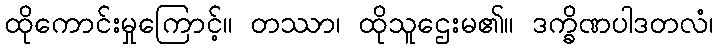
ထိုကောင်းမှုကြောင့်။ တဿာ၊ ထိုသူဌေးမ၏။ ဒက္ခိဏပါဒတလံ၊